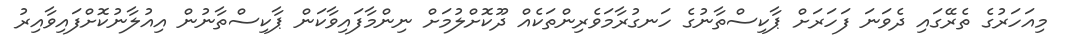
މިއަހަރުގެ ތެރޭގައި ދެވަނަ ފަހަރަށް ޕާކިސްތާނުގެ ހަނގުރާމަވެރިންތަކެއް ދޫކޮށްލުމަށް ނިންމާފައިވާކަން ޕާކިސްތާނުން އިއުލާނުކޮށްފައިވާއިރު